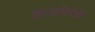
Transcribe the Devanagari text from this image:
काव्यविरोधी